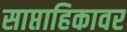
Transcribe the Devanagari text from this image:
साप्ताहिकावर